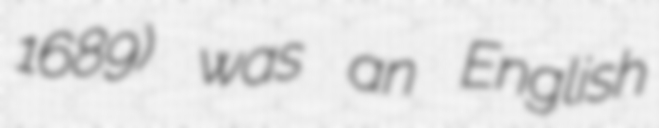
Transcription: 1689) was an English